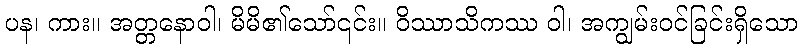
ပန၊ ကား။ အတ္တနောဝါ၊ မိမိ၏သော်၎င်း။ ဝိဿာသိကဿ ဝါ၊ အကျွမ်းဝင်ခြင်းရှိသော